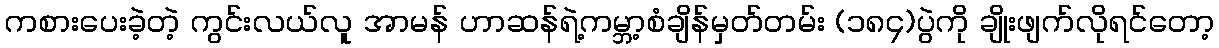
ကစားပေးခဲ့တဲ့ ကွင်းလယ်လူ အာမန် ဟာဆန်ရဲ့ကမ္ဘာ့စံချိန်မှတ်တမ်း (၁၈၄)ပွဲကို ချိုးဖျက်လိုရင်တော့